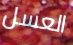
العسل